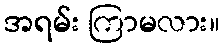
အရမ်း ကြာမလား။